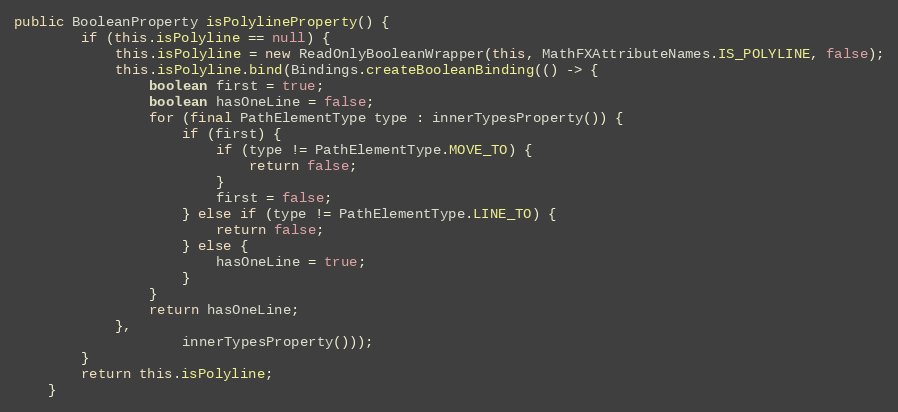
Language: Java
public BooleanProperty isPolylineProperty() {
		if (this.isPolyline == null) {
			this.isPolyline = new ReadOnlyBooleanWrapper(this, MathFXAttributeNames.IS_POLYLINE, false);
			this.isPolyline.bind(Bindings.createBooleanBinding(() -> {
				boolean first = true;
				boolean hasOneLine = false;
				for (final PathElementType type : innerTypesProperty()) {
					if (first) {
						if (type != PathElementType.MOVE_TO) {
							return false;
						}
						first = false;
					} else if (type != PathElementType.LINE_TO) {
						return false;
					} else {
						hasOneLine = true;
					}
				}
				return hasOneLine;
			},
					innerTypesProperty()));
		}
		return this.isPolyline;
	}